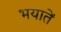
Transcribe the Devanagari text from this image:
भयातें